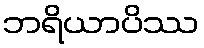
ဘရိယာပိဿ